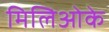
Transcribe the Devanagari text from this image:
मिलिओके